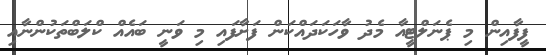
ފީފާއިން މި ޕެނަލްޓީއާ މެދު ވާހަކަދައްކަން ފަށާފައި މި ވަނީ ބައެއް ކްލަބްތަކުންނާއި